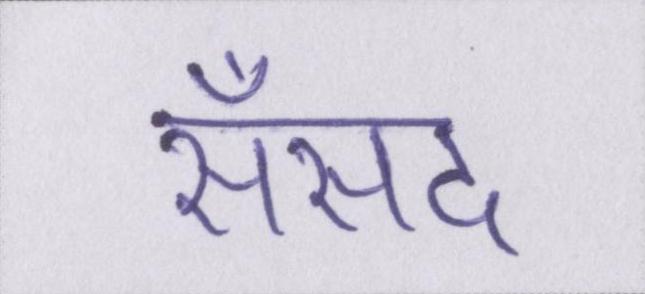
सँसद